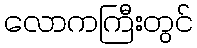
လောကကြီးတွင်